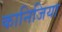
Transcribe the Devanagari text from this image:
कानिजिया